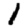
Digit: 1